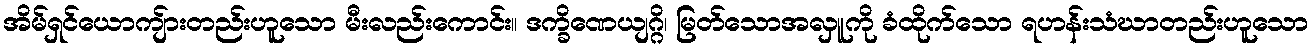
အိမ်ရှင်ယောကျ်ားတည်းဟူသော မီးလည်းကောင်း။ ဒက္ခိဏေယျဂ္ဂိ၊ မြတ်သောအလှူကို ခံထိုက်သော ရဟန်းသံဃာတည်းဟူသော